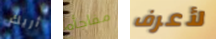
أريك مفاجأه لأعرف